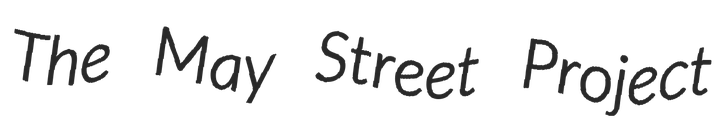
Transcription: The May Street Project